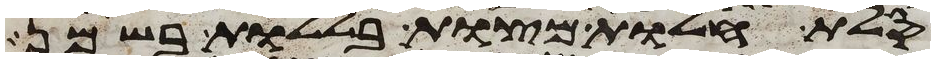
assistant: סלת חלות מצות בללות בשמן